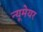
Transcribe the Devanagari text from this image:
न्यूमेयर